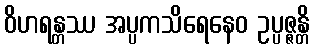
ဝိဟရန္တဿ အပ္ပကသိရေနေဝ ဥပ္ပဇ္ဇန္တိ